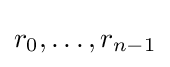
r_{0},\dots ,r_{n-1}